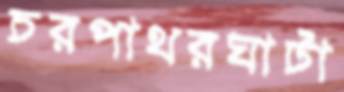
চরপাথরঘাটা